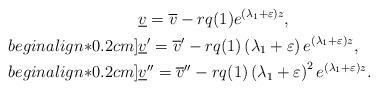
LaTeX: \begin{align*} &\underline{v}=\overline{v}-rq(1)e^{\left(\lambda_1+\varepsilon\right)z},\\begin{align*}0.2cm] &\underline{v}'=\overline{v}'-rq(1) \left(\lambda_1+\varepsilon\right)e^{\left(\lambda_1+\varepsilon\right)z},\\begin{align*}0.2cm] &\underline{v}''=\overline{v}''-rq(1) \left(\lambda_1+\varepsilon\right)^2e^{\left(\lambda_1+\varepsilon\right)z}.\end{align*}